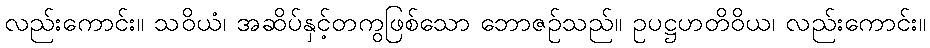
လည်းကောင်း။ သဝိယံ၊ အဆိပ်နှင့်တကွဖြစ်သော ဘောဇဉ်သည်။ ဥပဋ္ဌဟတိဝိယ၊ လည်းကောင်း။